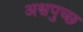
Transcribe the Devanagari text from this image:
अश्वपुच्छ